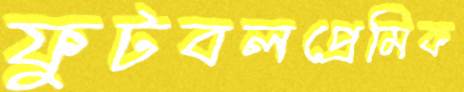
ফুটবলপ্রেমিক